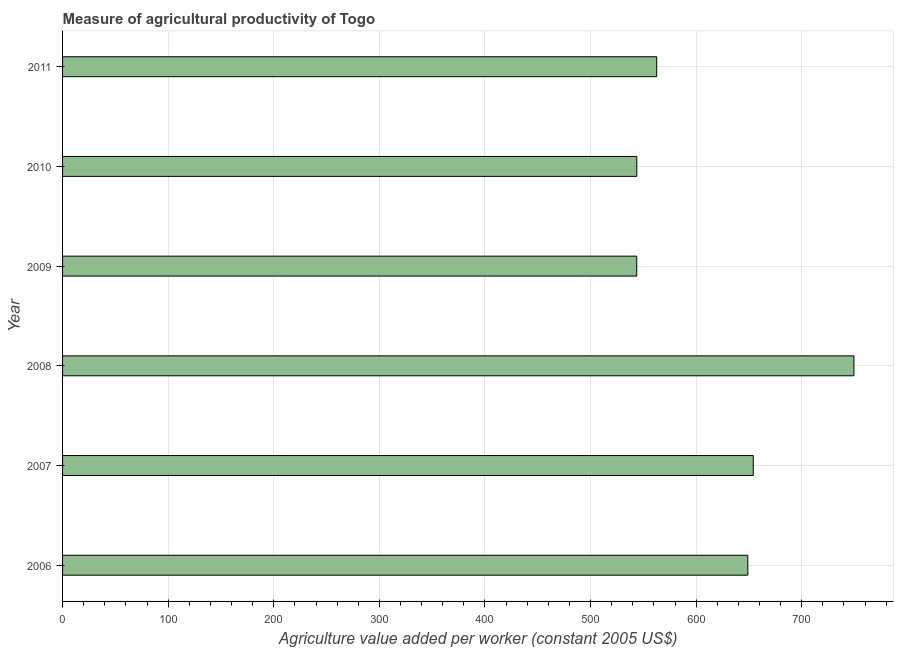
| Year | Agriculture value added per worker |
 | --- | --- |
 | 2006 | 649 |
 | 2007 | 654 |
 | 2008 | 749 |
 | 2009 | 544 |
 | 2010 | 544 |
 | 2011 | 563 |